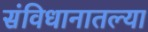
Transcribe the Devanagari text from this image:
संविधानातल्या